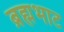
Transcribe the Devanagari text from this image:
ब्रह्मभाट